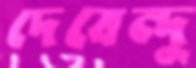
দেবেন্দু